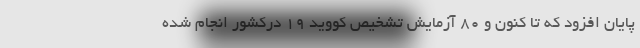
پایان افزود که تا کنون و 80 آزمایش تشخیص کووید 19 درکشور انجام شده